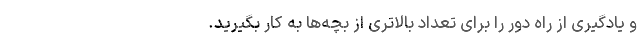
و یادگیری از راه دور را برای تعداد بالاتری از بچه‌ها به کار بگیرید.